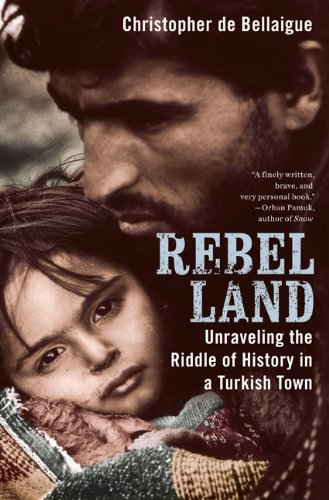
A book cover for Rebel Land: Unraveling the Riddle of History in a Turkish Town; Christopher de Bellaigue; Travel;